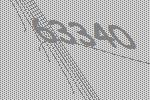
63340